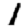
Digit: 1